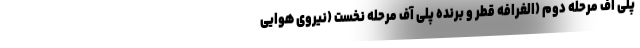
پلی آف مرحله دوم (الغرافه قطر و برنده پلی آف مرحله نخست (نیروی هوایی